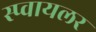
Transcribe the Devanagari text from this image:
स्प्वायलर